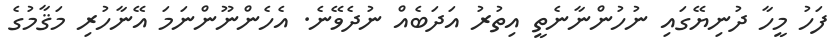
ފަހު މީހާ ދުނިޔޭގައި ނުހުންނާނެތީ އިތުރު އަދަބެއް ނުދެވޭނެ. އެހެންނޫންނަމަ އޭނާހުރި މަޤާމުގެ